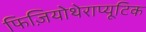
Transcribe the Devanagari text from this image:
फिज़ियोथेराप्यूटिक